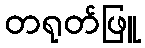
တရုတ်ဖြူ